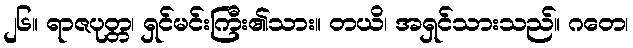
၂၆။ ရာဇပုတ္တ၊ ရှင်မင်းကြီး၏သား။ တယိ၊ အရှင်သားသည်။ ဂတေ၊